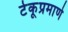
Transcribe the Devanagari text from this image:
टेकूप्रमाणे